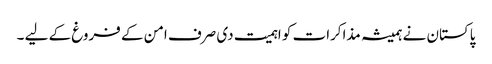
پاکستان نے ہمیشہ مذاکرات کو اہمیت دی صرف امن کے فروغ کے لیے ۔